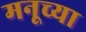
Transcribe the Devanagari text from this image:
मनूच्या